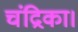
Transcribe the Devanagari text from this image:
चंद्रिका।